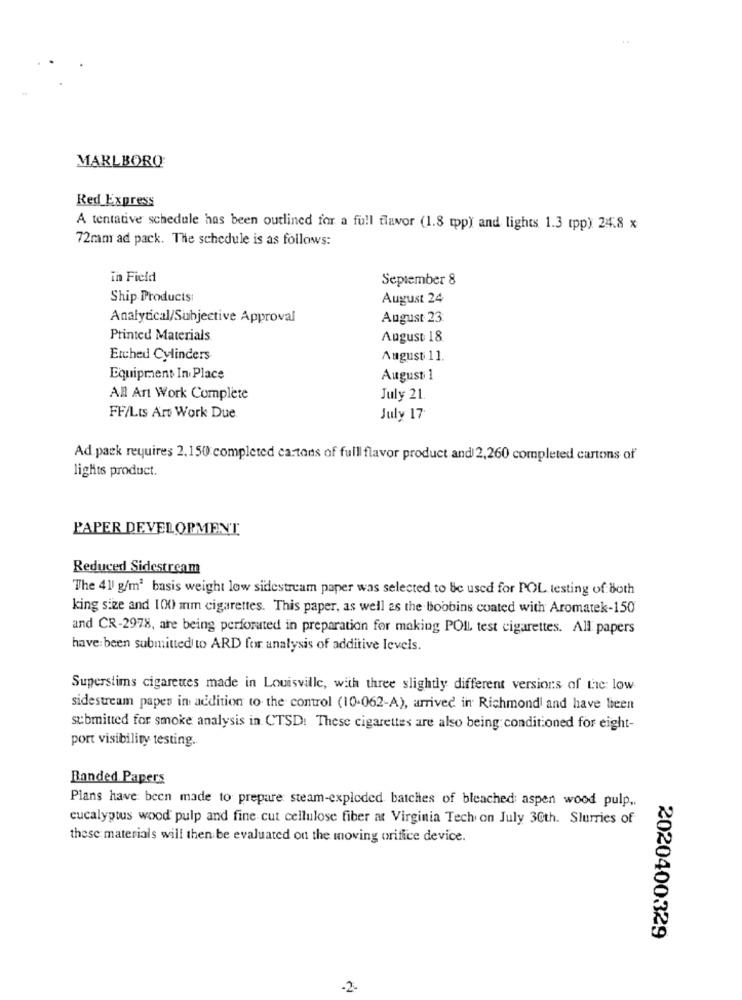
MARLBORO
Red Express
A tentative schedule has been outlined for a full flavor (1.8 tpp) and lights 1.3 (pp) 24.8 x
72mm ad pack. The schedule is as follows:
in Field
September 8
Ship Products:
August 24
Analytical/Subjective Approval
August 23
Printed Materials
August 18.
Erched Cylinders
August 11.
Equipment In Place
August 1
All Art Work Complete
July 21
FF/Lts Art Work Due.
July 17
Ad pack requires 2.150 completed cartons of full flavor product and 2,260 completed cartons of
lights product.
PAPER DEVELOPMENT
Reduced Sidestream
The 411 g/m3 basis weight low sidestream paper was selected to Be used for POL testing of Both
king size and 1(0) mm cigarettes. This paper, as well as the boobins coated with Aromatek-150
and CR-2978, are being perforated in preparation for making POLL test cigarettes. All papers
have: been submitted to ARD for analysis of additive levels.
Superslims cigarettes made in Louisville, with three slightly different versions of Lic: low
sidestream papes in addition to the control (10-062-A), arrived in Richmond and have been
submitted for smoke analysis in CTSD: These cigarettes are also being conditioned for eight-
port visibility testing.
Banded Papers
Plans have been made to prepare steam-exploded batches of bleached aspen wood pulp ..
eucalyptus wood pulp and fine cut cellulose fiber at Virginia Tech on July 30th. Slurries of
these materials will then be evaluated on the moving orifice device.
2020400329
-2.